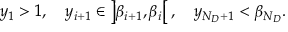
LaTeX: y _ { 1 } > 1 , \quad y _ { i + 1 } \in \left] \beta _ { i + 1 } , \beta _ { i } \right[ , \quad y _ { N _ { D } + 1 } < \beta _ { N _ { D } } .